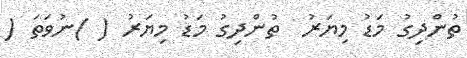
ތުންދިގު މަޑު މިޔަރު  ތުންދިގު މަޑު މިޔަރު ( )ނުވަތަ (